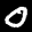
Label: 0